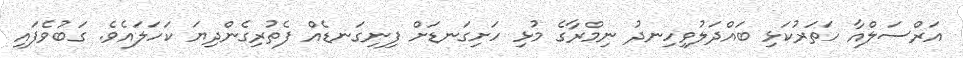
އަރްސަލްއާ ހަތަރުކަޅި ބައްދަލުވިހިނދު ނިމްރާގެ މުޅި ހަށިގަނޑަށް ފިނިގަނޑެއް ފެތުރިގެންދިޔަ ކަހަލައެވެ. ގަބުވެފައި